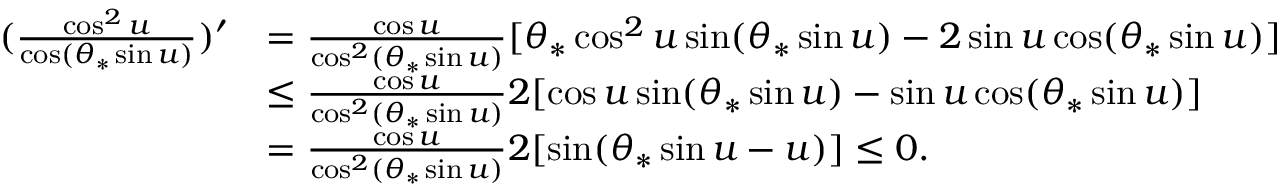
\begin{array} { r l } { ( \frac { \cos ^ { 2 } u } { \cos ( \theta _ { * } \sin u ) } ) ^ { \prime } } & { = \frac { \cos u } { \cos ^ { 2 } ( \theta _ { * } \sin u ) } [ \theta _ { * } \cos ^ { 2 } u \sin ( \theta _ { * } \sin u ) - 2 \sin u \cos ( \theta _ { * } \sin u ) ] } \\ & { \le \frac { \cos u } { \cos ^ { 2 } ( \theta _ { * } \sin u ) } 2 [ \cos u \sin ( \theta _ { * } \sin u ) - \sin u \cos ( \theta _ { * } \sin u ) ] } \\ & { = \frac { \cos u } { \cos ^ { 2 } ( \theta _ { * } \sin u ) } 2 [ \sin ( \theta _ { * } \sin u - u ) ] \le 0 . } \end{array}